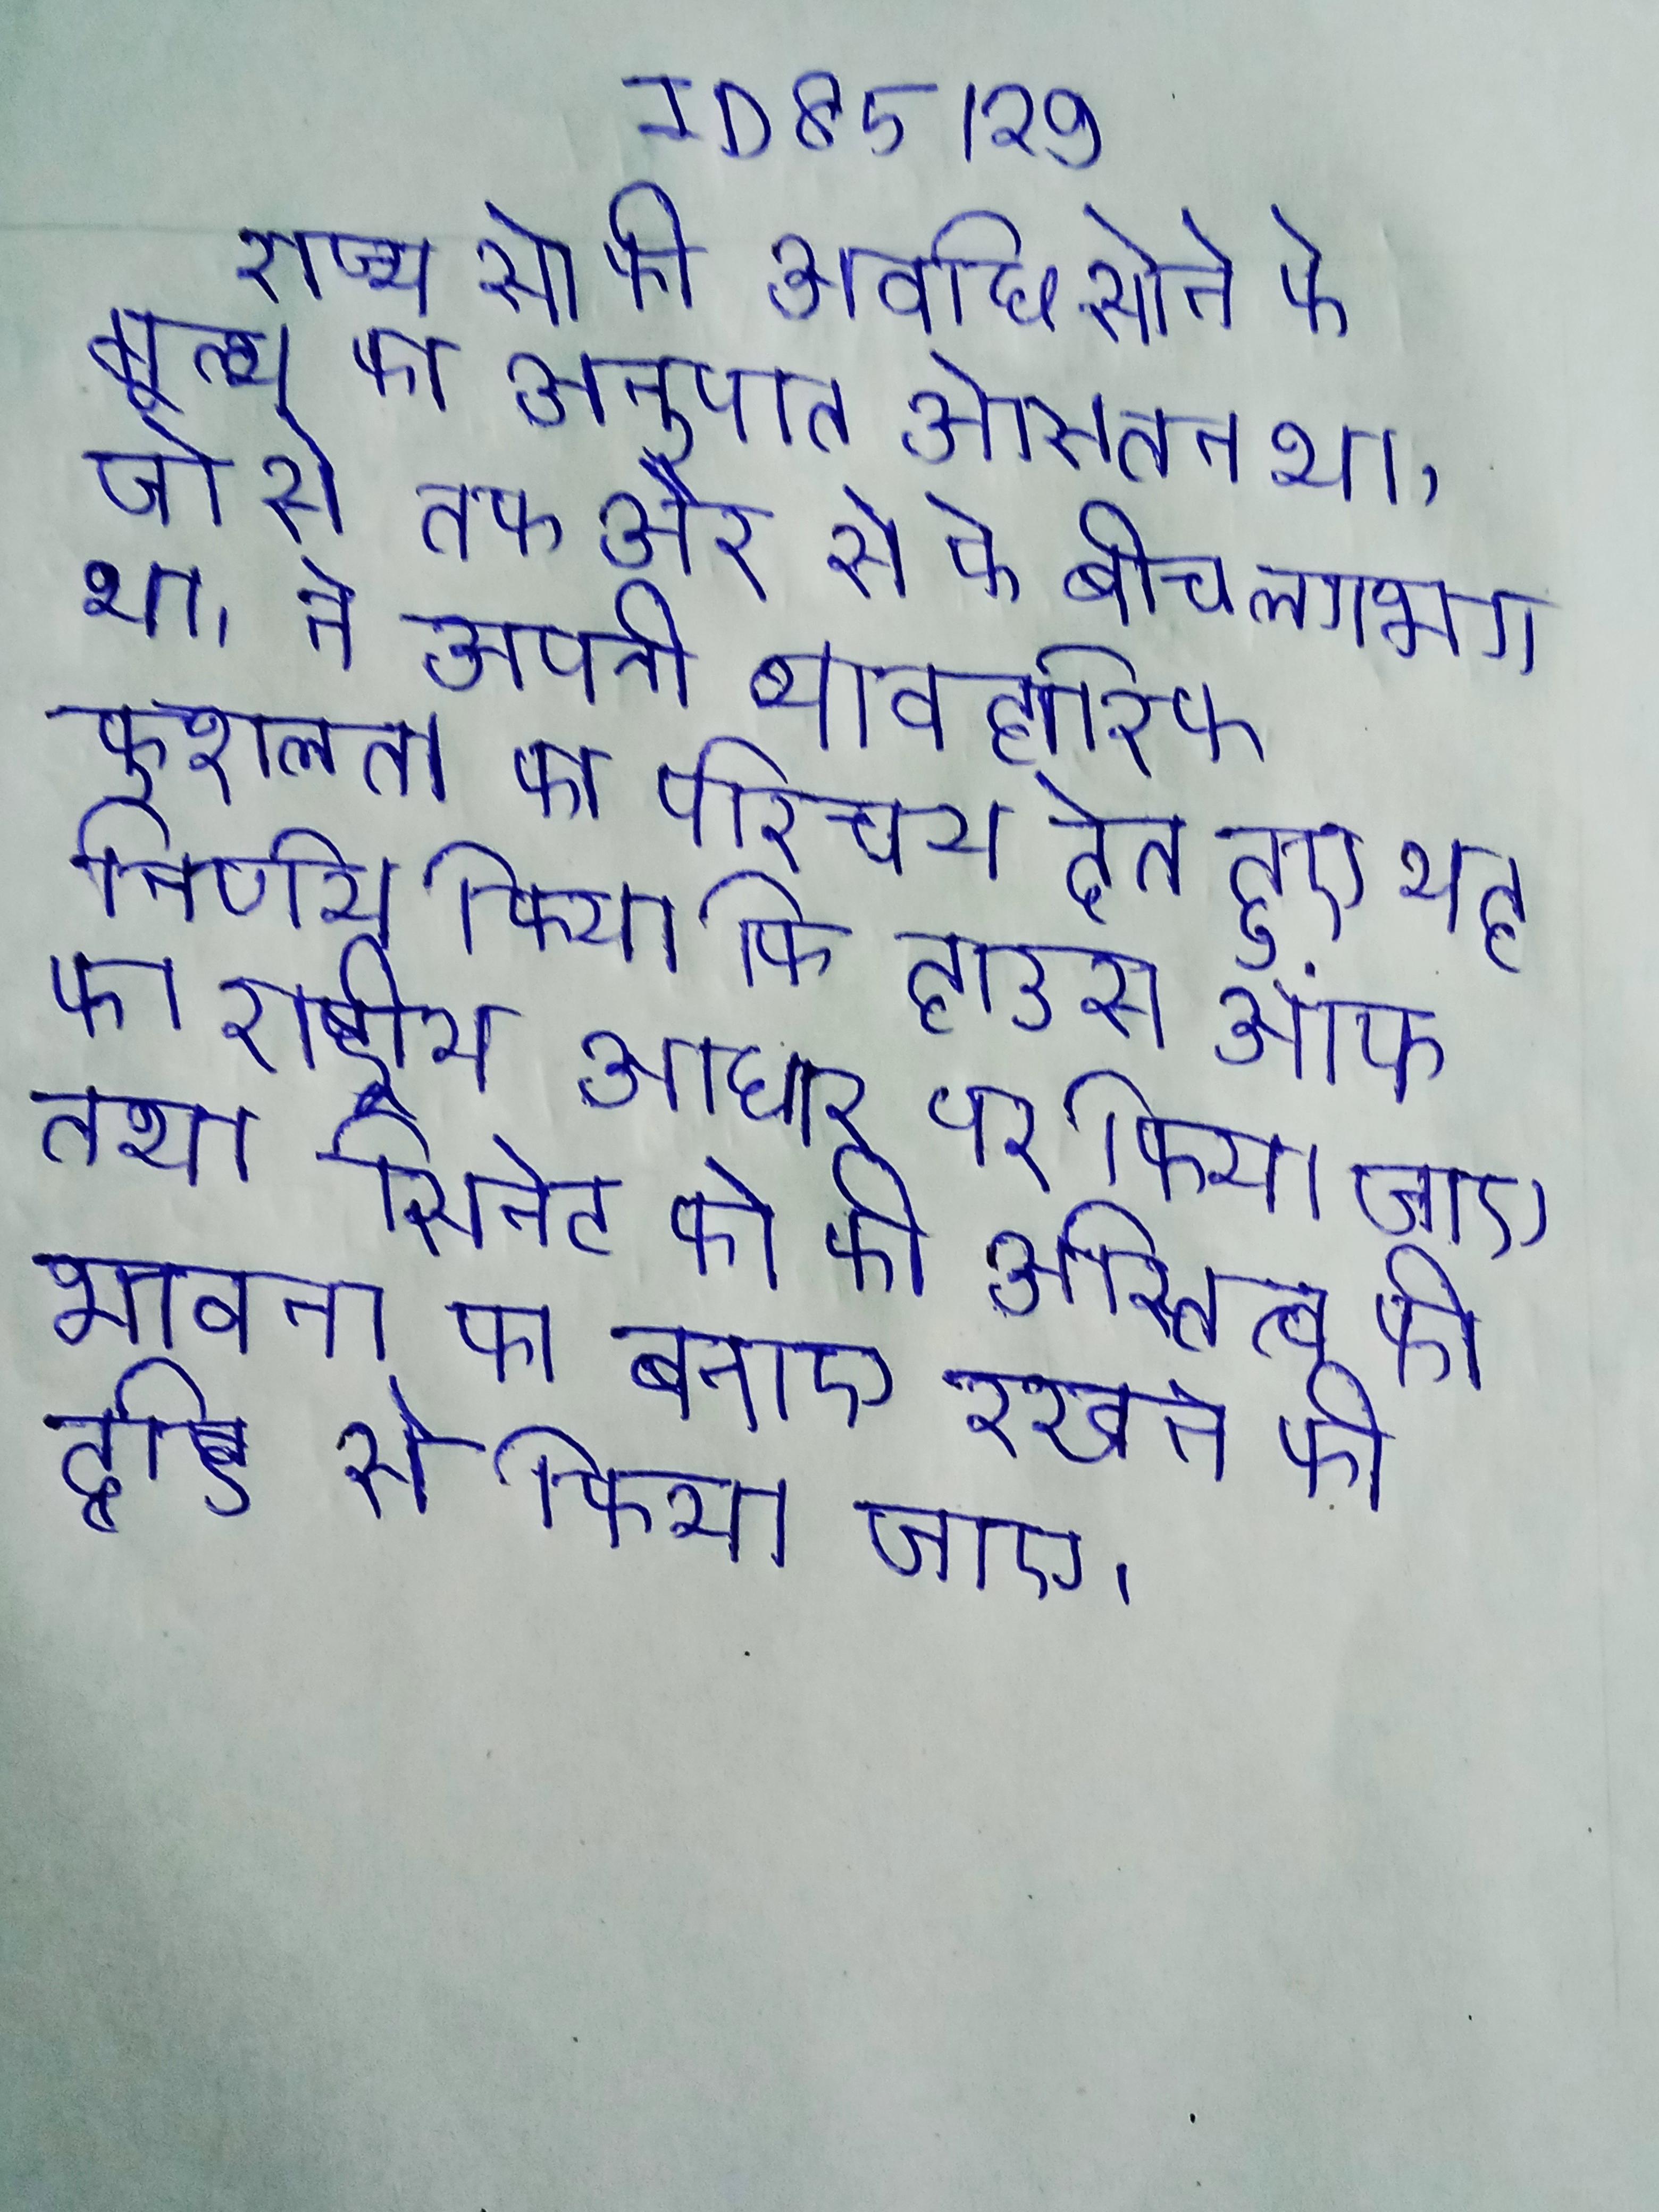
राज्य से की अवधि सोने के मूल्य का अनुपात औसतन था, जो से तक और से के बीच लगभग था । ने अपनी व्यावहारिक कुशलता का परिचय देते हुए यह निर्णय किया कि हाउस ऑफ का राष्ट्रीय आधार पर किया जाए तथा सिनेट को की अस्तित्व की भावना को बनाए रखने की दृष्टि से किया जाए ।